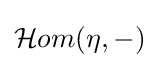
{\mathcal {H}}om(\eta ,-)